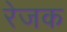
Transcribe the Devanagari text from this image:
रेजक